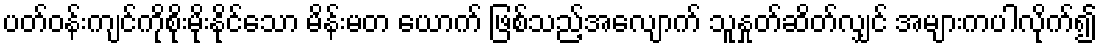
ပတ်ဝန်းကျင်ကိုစိုးမိုးနိုင်သော မိန်းမတ ယောက် ဖြစ်သည့်အလျောက် သူနှုတ်ဆိတ်လျှင် အများကပါလိုက်၍